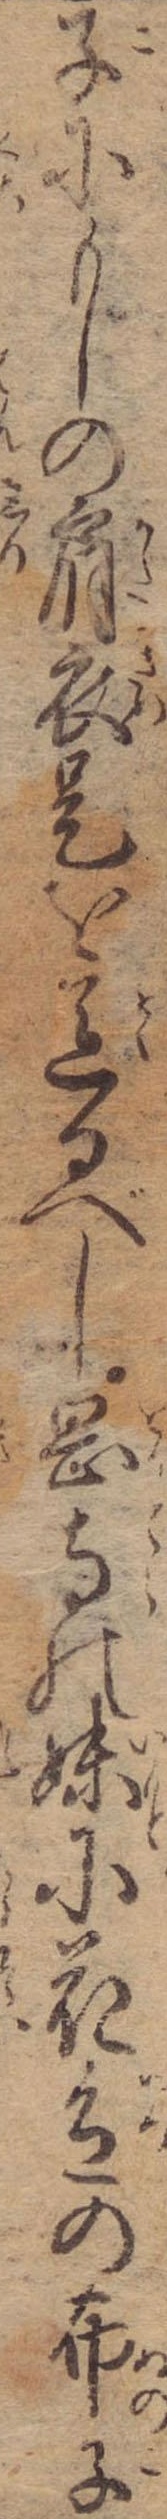
子にもしの肩衣是を送るべし岡寺の妹に花色の布子